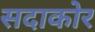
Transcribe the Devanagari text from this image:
सदाकोर